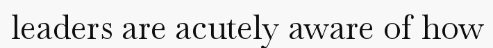
leaders are acutely aware of how